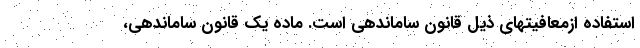
استفاده ازمعافیتهای ذیل قانون ساماندهی است. ماده یک قانون ساماندهی،